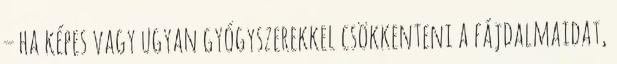
– ha képes vagy ugyan gyógyszerekkel csökkenteni a fájdalmaidat,